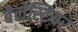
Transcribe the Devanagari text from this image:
बैलेस्टियर